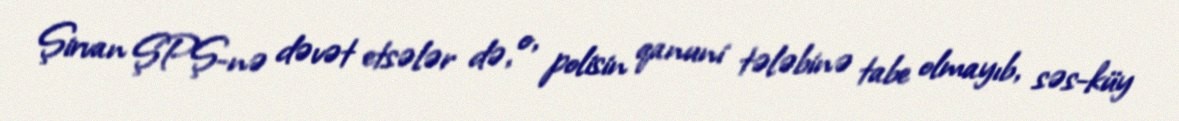
Şirvan ŞPŞ-nə dəvət etsələr də, o, polisin qanuni tələbinə tabe olmayıb, səs-küy